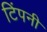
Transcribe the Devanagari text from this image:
टिंपनी